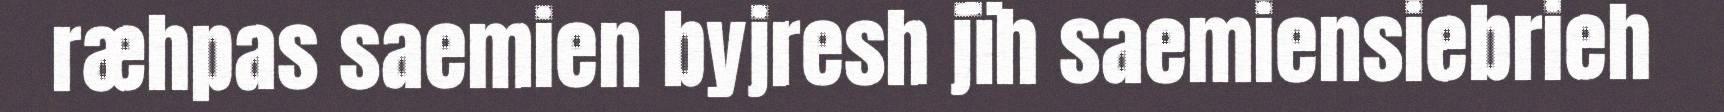
ræhpas saemien byjresh jïh saemiensiebrieh